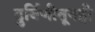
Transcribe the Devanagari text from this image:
दुर्बिणीतूनही